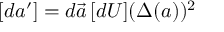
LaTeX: [ d { a } ^ { \prime } ] = d \vec { a } \, [ d U ] ( \Delta ( a ) ) ^ { 2 }